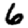
Digit: 6